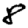
Digit: 8